Insane asylums Bombay 1873-77 - 1873-1877
Year: 1873
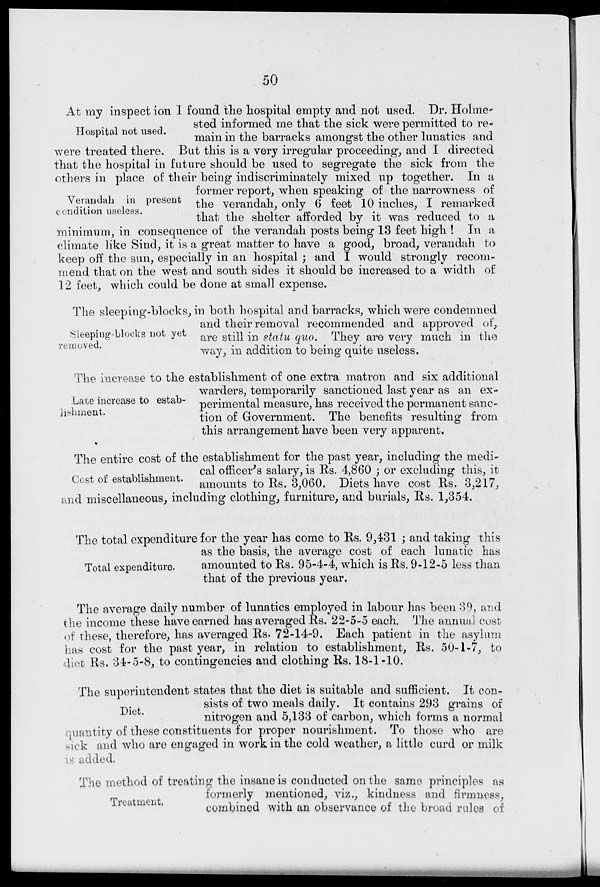
50
Hospital not used.
Verandah in present
condition useless.
At my inspection 1 found the hospital empty and not used. Dr. Holme-
sted informed me that the sick were permitted to re-
main in the barracks amongst the other lunatics and
were treated there. But this is a very irregular proceeding, and I directed
that the hospital in future should be used to segregate the sick from the
others in place of their being indiscriminately mixed up together. In a
former report, when speaking of the narrowness of
the verandah, only 6 feet 10 inches, I remarked
that the shelter afforded by it was reduced to a
minimum, in consequence of the verandah posts being 13 feet high ! In a
climate like Sind, it is a great matter to have a good, broad, verandah to
keep off the sun, especially in an hospital ; and I would strongly recom-
mend that on the west and south sides it should be increased to a width of
12 feet, which could be done at small expense.
Sleeping-blocks not yet
removed.
The sleeping-blocks, in both hospital and barracks, which were condemned
and their removal recommended and approved of,
are still in statu quo. They are very much in the
way, in addition to being quite useless.
Late increase to establishment.
The increase to the establishment of one extra matron and six additional
warders, temporarily sanctioned last year as an ex-
perimental measure, has received the permanent sanc-
tion of Government. The benefits resulting from
this arrangement have been very apparent.
Cost of establishment.
The entire cost of the establishment for the past year, including the medi-
cal officer's salary, is Rs. 4,860 ; or excluding this, it
amounts to Rs. 3,060. Diets have cost Rs. 3,217,
and miscellaneous, including clothing, furniture, and burials, Rs. 1,354.
Total expenditure.
The total expenditure for the year has come to Rs. 9,431; and taking this
as the basis, the average cost of each lunatic has
amounted to Rs. 95-4-4, which is Rs. 9-12-5 less than
that of the previous year.
The average daily number of lunatics employed in labour has been 39, and
the income these have earned has averaged Rs. 22-5-5 each. The annual cost
of these, therefore, has averaged Rs. 72-14-9. Each patient in the asylum
has cost for the past year, in relation to establishment, Rs. 50-1-7, to
diet; Rs. 34-5-8, to contingencies and clothing Rs. 18-1-10.
Diet.
The superintendent states that the diet is suitable and sufficient. It con-
sists of two meals daily. It contains 293 grains of
nitrogen and 5,133 of carbon, which forms a normal
quantity of these constituents for proper nourishment. To those who are
sick and who are engaged in work in the cold weather, a little curd or milk
is added.
Treatment.
The method of treating the insane is conducted on the same principles as
formerly mentioned, viz., kindness and firmness,
combined with an observance of the broad rules of